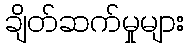
ချိတ်ဆက်မှုများ